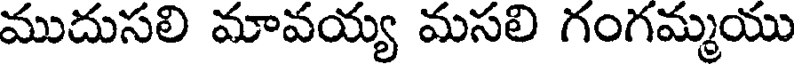
ముదుసలి మావయ్య మసలి గంగమ్మయు